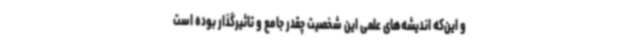
و این‌که اندیشه‌های علمی این شخصیت چقدر جامع و تاثیرگذار بوده است